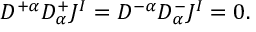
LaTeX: { \cal D } ^ { + \alpha } { \cal D } _ { \alpha } ^ { + } J ^ { I } = { \cal D } ^ { - \alpha } { \cal D } _ { \alpha } ^ { - } J ^ { I } = 0 .